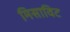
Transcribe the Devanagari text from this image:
मिसाविट